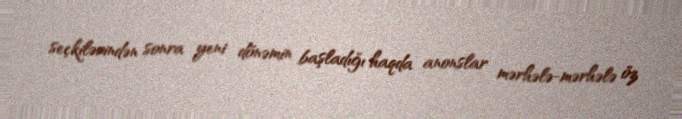
seçkilərindən sonra yeni dönəmin başladığı haqda anonslar mərhələ-mərhələ öz